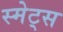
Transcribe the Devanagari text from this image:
स्मेट्स